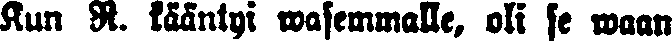
Kun R. kääntyi wasemmalle, oli se waan